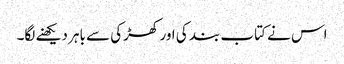
اس نے کتاب بند کی اور کھڑکی سے باہر دیکھنے لگا۔